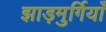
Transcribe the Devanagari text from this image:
झाड़मुर्गियाँ